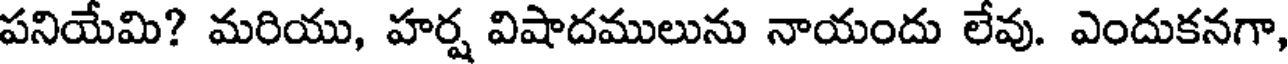
పనియేమి? మరియు, హర్ష విషాదములును నాయందు లేవు. ఎందుకనగా,